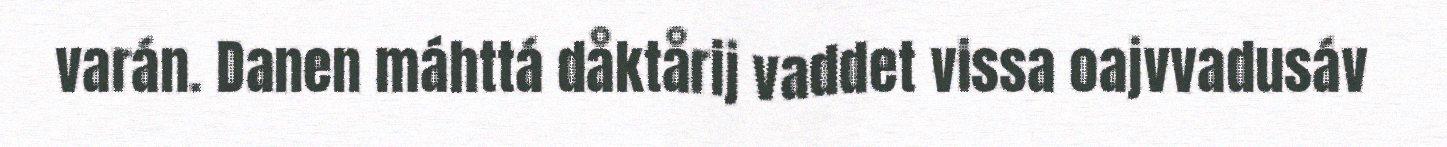
varán. Danen máhttá dåktårij vaddet vissa oajvvadusáv